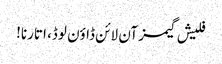
فلیش گیمز آن لائن ڈاؤن لوڈ، اتارنا!